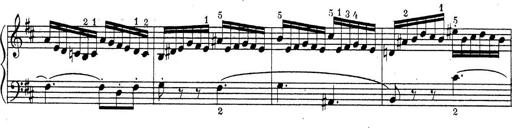
Title: ÄŒeskÃ© Sonatiny
Composer: Various